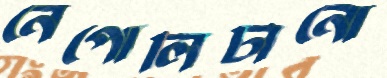
নেপোলিটানো